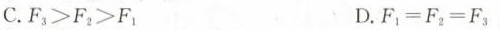
C.F^{3}>F^{2}≥F^{1} D.F^{1}=F^{2}=F^{3}